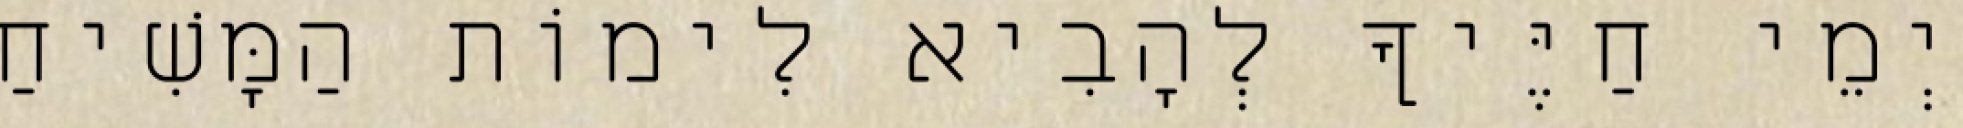
יְמֵי חַיֶּיךָ לְהָבִיא לִימוֹת הַמָּשִׁיחַ